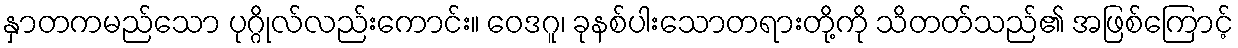
နှာတကမည်သော ပုဂ္ဂိုလ်လည်းကောင်း။ ဝေဒဂူ၊ ခုနစ်ပါးသောတရားတို့ကို သိတတ်သည်၏ အဖြစ်ကြောင့်